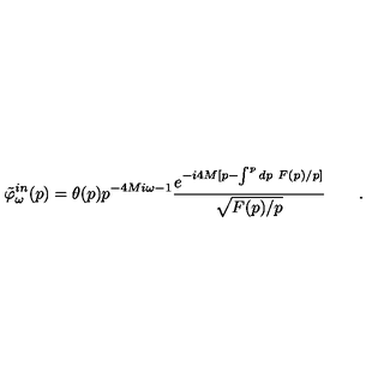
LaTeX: \tilde { \varphi } _ { \omega } ^ { i n } ( p ) = \theta ( p ) p ^ { - 4 M i \omega - 1 } { \frac { e ^ { - i 4 M [ p - \int ^ { p } d p \ F ( p ) / p ] } } { \sqrt { F ( p ) / p } } } \qquad .